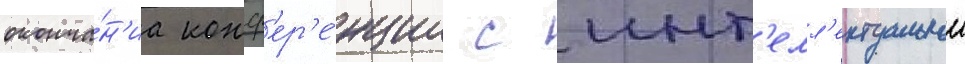
оконча́н'иа конф'ер'е́нции с инт'елл'ектуальнои